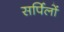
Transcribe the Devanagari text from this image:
सर्पिलों